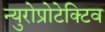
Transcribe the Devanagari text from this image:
न्युरोप्रोटेक्टिव